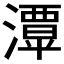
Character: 𤁎